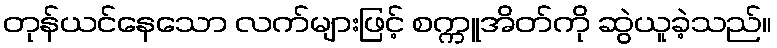
တုန်ယင်နေသော လက်များဖြင့် စက္ကူအိတ်ကို ဆွဲယူခဲ့သည်။